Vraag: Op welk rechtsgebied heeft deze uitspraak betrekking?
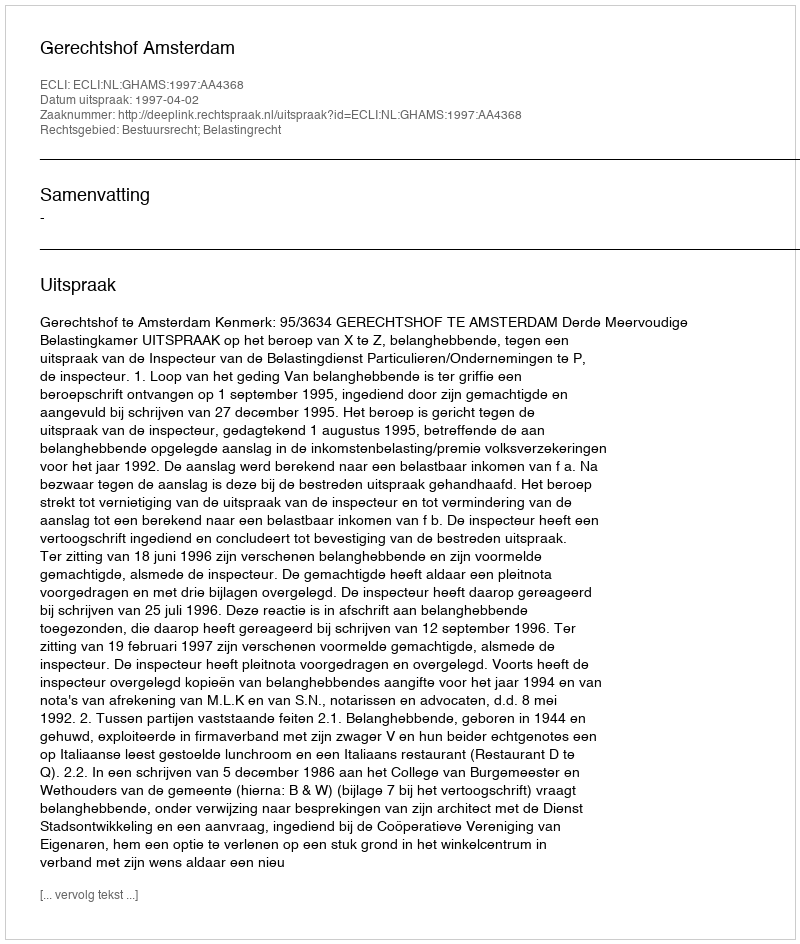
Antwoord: Bestuursrecht; Belastingrecht